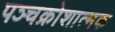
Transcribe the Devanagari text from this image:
पञ्चक्रोशात्मक